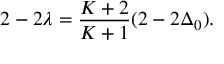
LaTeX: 2 - 2 \lambda = { \frac { { \cal K } + 2 } { { \cal K } + 1 } } ( 2 - 2 \Delta _ { 0 } ) .